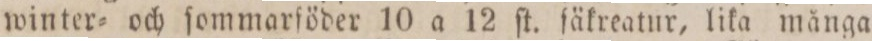
winter= och ſommarföder 10 a 12 ſt. ſäkreatur, lika många